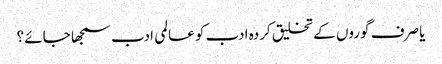
یا صرف گوروں کے تخلیق کردہ ادب کو عالمی ادب سمجھا جائے ؟